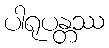
ပါရုပန္တဿ